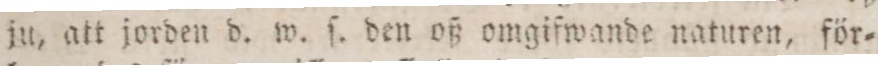
ju, att jorden d. w. ſ. den oß omgifwande naturen, för=